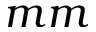
m m